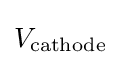
V_{\mathrm {cathode} }